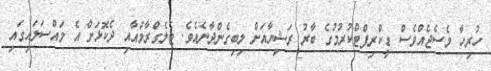
ހުރިހާ މެސެޖެއްވެސް ޑީކްރިޕްޓްކުރުމުގެ ބާރު ރަޝިޔާއަށް ލިބިގެންދާނެއެވެ. ޓެލެގްރާމްއާއި ދެކޮޅަށް އެ މައްސަލައިގައި